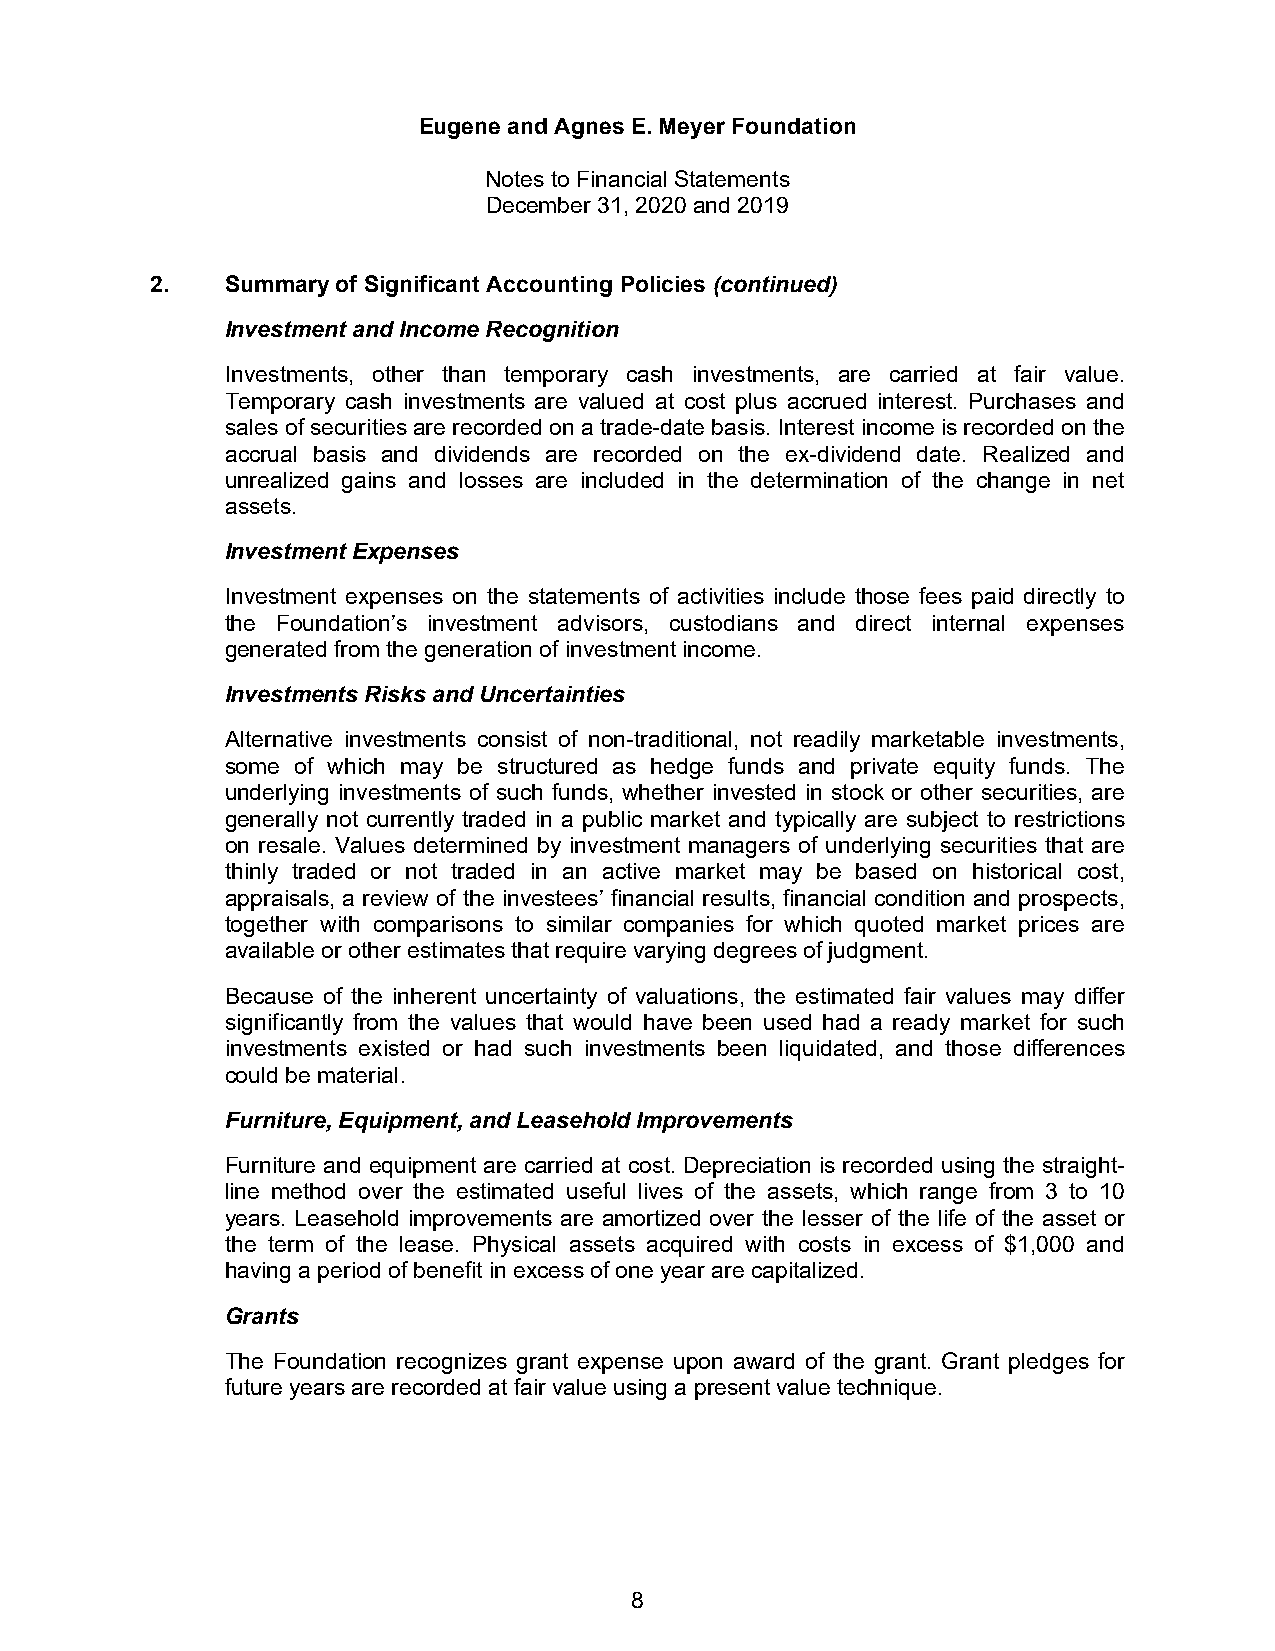
Eugene and Agnes E. Meyer Foundation
 Notes to Financial Statements
 December 31, 2020 and 2019
 2.   Summary of Significant Accounting Policies (continued)
 Investment and Income Recognition
 Investments, other than temporary cash investments, are carried at fair value.
 Temporary cash investments are valued at cost plus accrued interest. Purchases and
 sales of securities are recorded on a trade-date basis. Interest income is recorded on the
 accrual basis and dividends are recorded on the ex-dividend date. Realized and
 unrealized gains and losses are included in the determination of the change in net
 assets.
 Investment Expenses
 Investment expenses on the statements of activities include those fees paid directly to
 the Foundation’s investment advisors, custodians and direct internal expenses
 generated from the generation of investment income.
 Investments Risks and Uncertainties
 Alternative investments consist of non-traditional, not readily marketable investments,
 some of which may be structured as hedge funds and private equity funds. The
 underlying investments of such funds, whether invested in stock or other securities, are
 generally not currently traded in a public market and typically are subject to restrictions
 on resale. Values determined by investment managers of underlying securities that are
 thinly traded or not traded in an active market may be based on historical cost,
 appraisals, a review of the investees’ financial results, financial condition and prospects,
 together with comparisons to similar companies for which quoted market prices are
 available or other estimates that require varying degrees of judgment.
 Because of the inherent uncertainty of valuations, the estimated fair values may differ
 significantly from the values that would have been used had a ready market for such
 investments existed or had such investments been liquidated, and those differences
 could be material.
 Furniture, Equipment, and Leasehold Improvements
 Furniture and equipment are carried at cost. Depreciation is recorded using the straight-
 line method over the estimated useful lives of the assets, which range from 3 to 10
 years. Leasehold improvements are amortized over the lesser of the life of the asset or
 the term of the lease. Physical assets acquired with costs in excess of $1,000 and
 having a period of benefit in excess of one year are capitalized.
 Grants
 The Foundation recognizes grant expense upon award of the grant. Grant pledges for
 future years are recorded at fair value using a present value technique.
 8